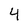
Character: 4